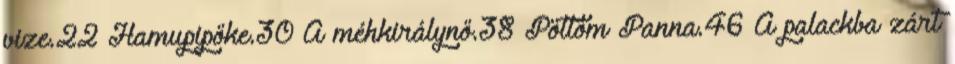
vize.22 Hamupipőke.30 A méhkirálynő.38 Pöttöm Panna.46 A palackba zárt